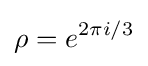
\rho =e^{2\pi i/3}